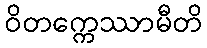
ဝိတက္ကေဿာမီတိ